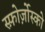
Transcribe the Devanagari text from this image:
स्फ़ोर्ज़ोस्को